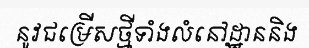
នូវជម្រើសថ្មីទាំងលំនៅដ្ឋាននិង